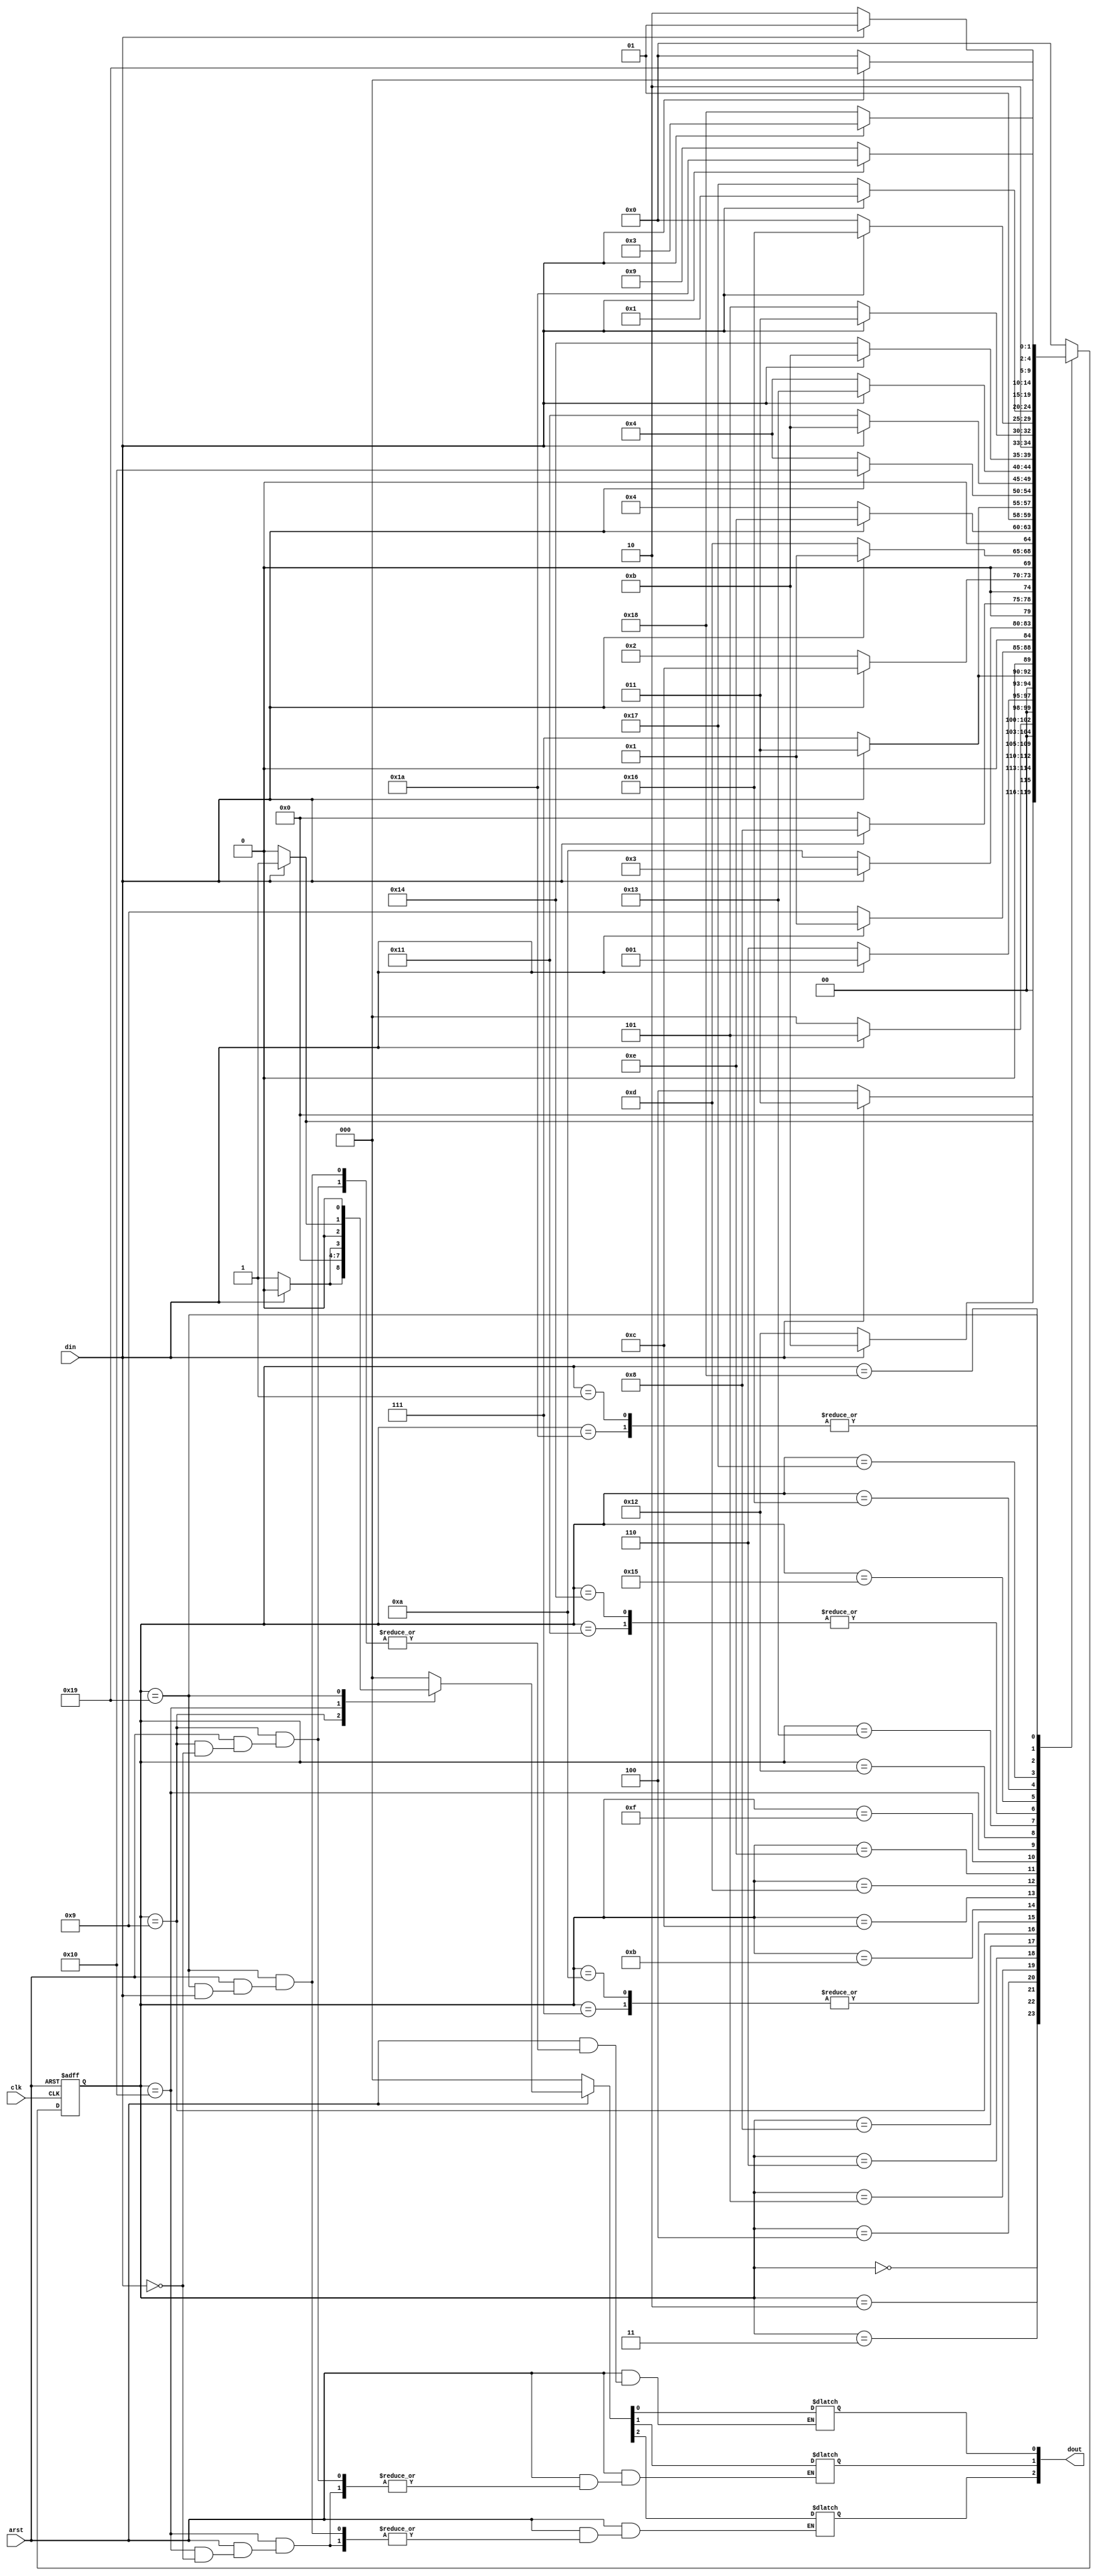
/*--  *******************************************************
--  Computer Architecture Course, Laboratory Sources 
--  Amirkabir University of Technology (Tehran Polytechnic)
--  Department of Computer Engineering (CE-AUT)
--  https://ce[dot]aut[dot]ac[dot]ir
--  *******************************************************
--  All Rights reserved (C) 2019-2020
--  *******************************************************
--  Student ID  : 
--  Student Name:
--  Student Mail: 
--  *******************************************************
--  Additional Comments:
--
--*/

/*-----------------------------------------------------------
---  Module Name: Gas Detector Sensor
---  Description: Module2:
-----------------------------------------------------------*/
`timescale 1 ns/1 ns
module GasDetectorSensor (
	input        arst     , // async reset
	input        clk      , // clock posedge
	input        din      , // input data 
	output reg 	 [2:0] dout       // output data
);
	reg [4:0] Prstate,Nxtstate;
	parameter S0=5'b00000, S1=5'b00001 , S2=5'b00010 , S3=5'b00011 , S4=5'b00100 , S5=5'b00101 , 
	S6=5'b00110, S7=5'b00111 , S8=5'b01000 , S9=5'b01001 , S10=5'b01010 , S11=5'b01011 , S12=5'b01100 , 
	S13=5'b01101, S14=5'b01110 , S15=5'b01111, S16=5'b10000 , S17=5'b10001 , S18=5'b10010 , S19=5'b10011,
	S20=5'b10100 , S21=5'b10101 , S22=5'b10110 , S23=5'b10111 , S24=5'b11000 , S25=5'b11001 , S26=5'b11010;

	always @(posedge clk or negedge arst)
		if(~arst) 
			Prstate=S0;
		else Prstate=Nxtstate;
		
always @(Prstate or din)
		case(Prstate)
			S0:	if(din)  Nxtstate=S1;
					else Nxtstate=S0;
			S1:	if(~din) Nxtstate=S2;
					else Nxtstate=S1;
			S2:	if(din)  Nxtstate=S3;
					else 		Nxtstate=S4;
			S3:	if(din)  Nxtstate=S11;
					else		Nxtstate=S18;
			S4:	if(din)  Nxtstate=S5;
					else     Nxtstate=S0;
			S5:	if(din)  Nxtstate=S1;
					else     Nxtstate=S6;
			S6:	if(din)  Nxtstate=S3;
					else     Nxtstate=S7;
			S7:	if(din)  Nxtstate=S8;
					else     Nxtstate=S0;
			S8:	if(din)  Nxtstate=S1;
					else     Nxtstate=S9;
			S9:	if(din)  Nxtstate=S3;
					else     Nxtstate=S10;
			S10:	if(din)  Nxtstate=S8;
					else     Nxtstate=S0;
			S11:	if(din)  Nxtstate=S12;
					else     Nxtstate=S2;
			S12:	if(din)  Nxtstate=S1;
					else     Nxtstate=S13;
			S13:	if(din)  Nxtstate=S14;
					else     Nxtstate=S4;
			S14:	if(din)  Nxtstate=S11;
					else     Nxtstate=S15;
			S15:	if(din)  Nxtstate=S16; 
					else     Nxtstate=S4;
			S16:	if(din)  Nxtstate=S11;
					else     Nxtstate=S17;
			S17:	if(din)  Nxtstate=S19;
					else     Nxtstate=S21;
			S18:	if(din)  Nxtstate=S19;
					else     Nxtstate=S4;
			S19:	if(din)  Nxtstate=S11;
					else     Nxtstate=S20;
			S20:	if(din)  Nxtstate=S19;
					else     Nxtstate=S21;
			S21:	if(din)  Nxtstate=S22;
					else     Nxtstate=S0;
			S22:	if(din)  Nxtstate=S1;
					else     Nxtstate=S23;
			S23:	if(din)  Nxtstate=S3;
					else     Nxtstate=S24;
			S24:	if(din)  Nxtstate=S25;
					else     Nxtstate=S0;
			S25:	if(din)  Nxtstate=S26;
					else     Nxtstate=S9;
			S26:	if(din)  Nxtstate=S1;
					else     Nxtstate=S2;
			default : Nxtstate = S0 ; 
		endcase
	always @(Prstate or din or arst)
	if(~arst) dout = 3'b000; 
	else
		case(Prstate)
		S9 : if(~din)  dout[2] =1 ;
			  else dout = 0 ; 
		S16 : if(~din) dout[0] =1 ; 
		     else dout = 0 ; 
		S25 : if(din)  dout[1] =1 ; 
		     else dout = 0 ; 
		default : dout = 0 ; 
		endcase
		
endmodule